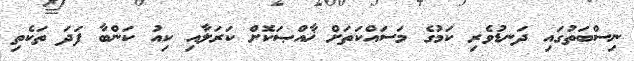
ނިސްބަތުގައި ދަނޑުވެރި ކަމުގެ މަސައްކަތަށް ޚާއްޞަކޮށް ކަރަލާއި ކިއު ކަންބާ ފަދަ ތަކެތި